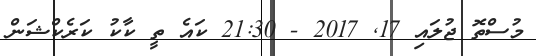
މުސްތޮ ޖުލައި 17